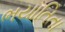
ભયાતિતા